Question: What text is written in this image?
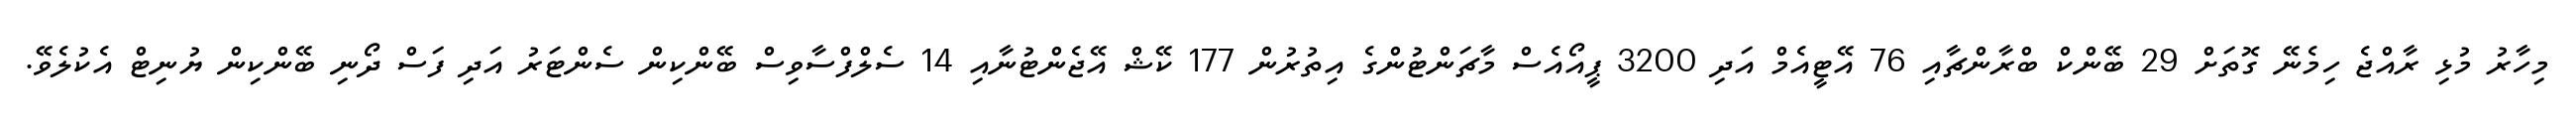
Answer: މިހާރު މުޅި ރާއްޖެ ހިމެނޭ ގޮތަށް 29 ބޭންކް ބްރާންޗާއި 76 އޭޓީއެމް އަދި 3200 ޕީއޯއެސް މާޗަންޓުންގެ އިތުރުން 177 ކޭޝް އޭޖެންޓުނާއި 14 ސެލްފްސާވިސް ބޭންކިން ސެންޓަރު އަދި ފަސް ދޯނި ބޭންކިން ޔުނިޓް އެކުލެވޭ.